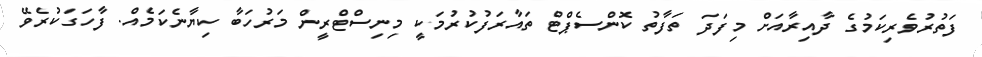
ފަތުރުވެރިކަމުގެ ދާއިރާއަށް މިފަދަ ތަފާތު ކޮންސެޕްޓް ތައާރަފުކުރުމަކީ މިނިސްޓްރީން މަރުހަބާ ކިޔާނެކަމެއް. ފާހަގަކުރެވޭ